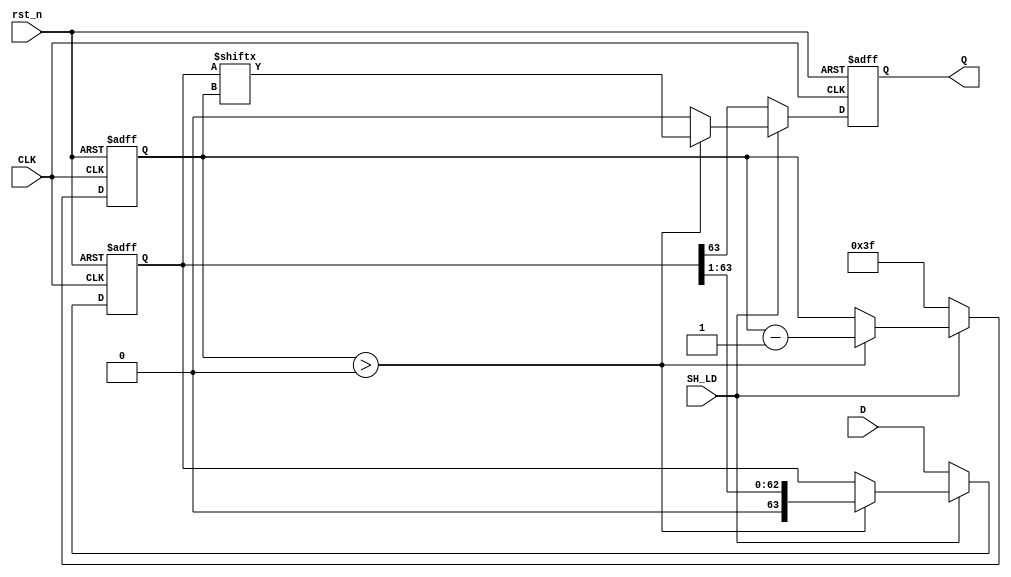
module PISO_Register (
    input wire [63:0] D,      // 64-bit Data Input
    input wire SH_LD,         // Shift/Load control signal
    input wire CLK,           // Clock signal
    input wire rst_n,         // Active low asynchronous reset
    output reg Q              // Serial Output
);

    reg [63:0] shift_reg;     // Internal shift register
    reg [5:0] count;          // Bit counter for shifting

    // Asynchronous reset and data load/shift logic
    always @(posedge CLK or negedge rst_n) begin
        if (!rst_n) begin
            shift_reg <= 64'b0; // Reset shift register to 0
            count <= 6'd0;      // Reset counter to 0
            Q <= 1'b0;          // Reset output to 0
        end else if (SH_LD == 1'b0) begin
            // Load Mode: Parallel load data into shift register
            shift_reg <= D;
            count <= 6'd63; // Start shifting from the MSB
            Q <= shift_reg[63]; // Initialize Q with the MSB
        end else begin
            // Shift Mode: Shift register right and output LSB
            if (count > 0) begin
                Q <= shift_reg[count]; // Output current bit
                shift_reg <= {1'b0, shift_reg[63:1]}; // Shift right
                count <= count - 1; // Decrease counter
            end else begin
                Q <= 1'b0; // After all bits are shifted, set Q to 0
            end
        end
    end

endmodule